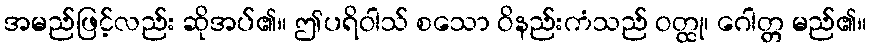
အမည်ဖြင့်လည်း ဆိုအပ်၏။ ဤပရိဝါသ် စသော ဝိနည်းကံသည် ဝတ္ထု၊ ဂေါတ္တ မည်၏။